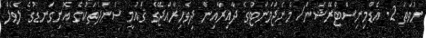
ނުވަތަ 2. އެޑްމިނިސްޓްރޭޝަން/ މެނެޖްމަންޓުގެ ދާއިރާއިން ދިވެހިރާއްޖޭގެ ޤައުމީ ސަނަދުތަކުގެ އޮނިގަނޑުގެ ލެވެލް